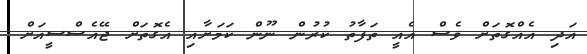
އަދި އެއްގޮތަށް ވެސް އެއީ ތަފާތު ކުރުން ނޫން ކަމަށާއި އެގޮތަށް ޖޭއެސްސީއަށް